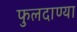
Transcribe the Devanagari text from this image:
फुलदाण्या